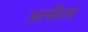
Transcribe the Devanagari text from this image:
अर्सेल